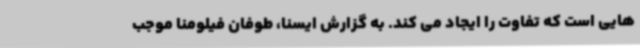
هایی است که تفاوت را ایجاد می کند. به گزارش ایسنا، طوفان فیلومنا موجب